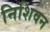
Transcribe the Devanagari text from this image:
निशिवन